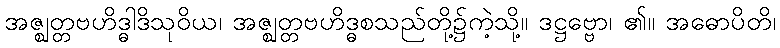
အဇ္ဈတ္တဗဟိဒ္ဓါဒိသုဝိယ၊ အဇ္ဈတ္တဗဟိဒ္ဓစသည်တို့၌ကဲ့သို့။ ဒဋ္ဌဗ္ဗော၊ ၏။ အဓောပိတိ၊